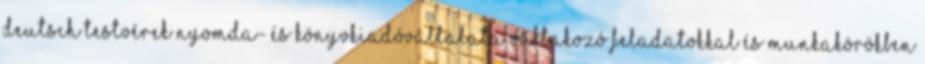
Deutsch Testvérek Nyomda- és Könyvkiadóvállalata váltakozó feladatokkal és munkakörökben